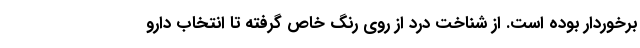
برخوردار بوده است. از شناخت درد از روی رنگ خاص گرفته تا انتخاب دارو